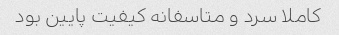
کاملا سرد و متاسفانه کیفیت پایین بود